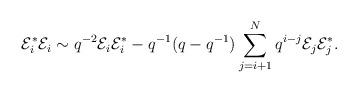
LaTeX: \begin{align*}\mathcal{E}_{i}^{*} \mathcal{E}_{i} \sim q^{-2} \mathcal{E}_{i} \mathcal{E}_{i}^{*} -q^{-1} (q - q^{-1}) \sum_{j = i + 1}^{N} q^{i - j}\mathcal{E}_{j} \mathcal{E}_{j}^{*}.\end{align*}